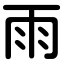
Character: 雨